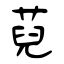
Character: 萖